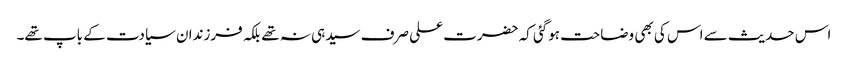
اس حدیث سے اس کی بھی وضاحت ہوگئی کہ حضرت علی صرف سیدہی نہ تھے بلکہ فرزندان سیادت کے باپ تھے۔